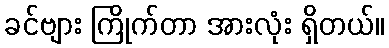
ခင်ဗျား ကြိုက်တာ အားလုံး ရှိတယ်။